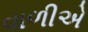
વાળીએ